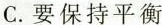
C.要保持平衡